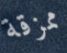
ممزقة